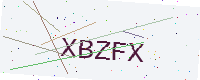
Text: XBZFX